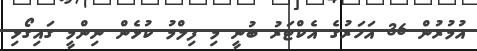
އުމުރުން 36 އަހަރުގެ އެކްޓަރު ބުނީ މި ފިލްމު ކުޅެން ނިންމީ ގައިގޯޅި